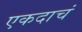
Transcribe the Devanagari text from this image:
एकदाचं